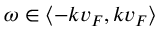
\omega \in \langle - k v _ { F } , k v _ { F } \rangle